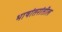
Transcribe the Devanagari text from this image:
भाषांतरांतील